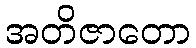
အတိဇာတော